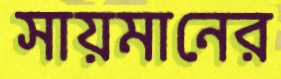
সায়মানের